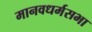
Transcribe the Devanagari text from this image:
मानवधर्मसभा